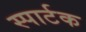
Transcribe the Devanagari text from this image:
स्पार्टक